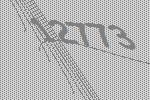
12773